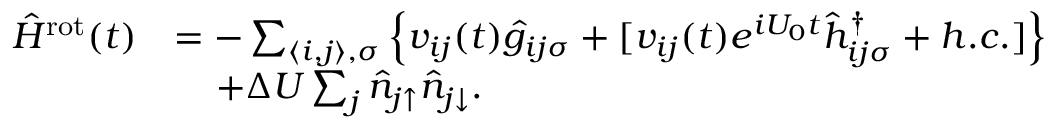
\begin{array} { r l } { \hat { H } ^ { \mathrm { r o t } } ( t ) } & { = - \sum _ { \langle i , j \rangle , \sigma } \left\{ v _ { i j } ( t ) \hat { g } _ { i j \sigma } + [ v _ { i j } ( t ) e ^ { i U _ { 0 } t } \hat { h } _ { i j \sigma } ^ { \dagger } + h . c . ] \right\} } \\ & { \; \; \; \; + \Delta U \sum _ { j } \hat { n } _ { j \uparrow } \hat { n } _ { j \downarrow } . } \end{array}